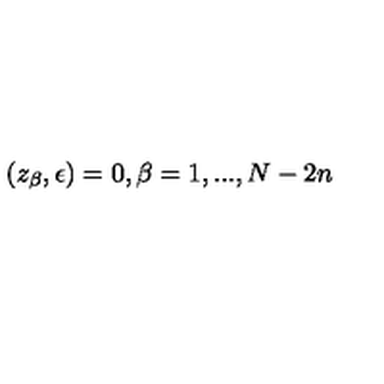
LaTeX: ( z _ { \beta } , \epsilon ) = 0 , \beta = 1 , . . . , N - 2 n